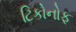
ટિકોનોફ